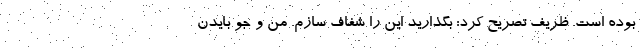
بوده است. ظریف تصریح کرد: بگذارید این را شفاف سازم. من و جو بایدن